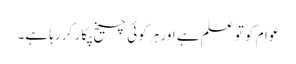
عوام کو تو علم ہے اور ہر کوئی چیخ پکار کر رہا ہے۔